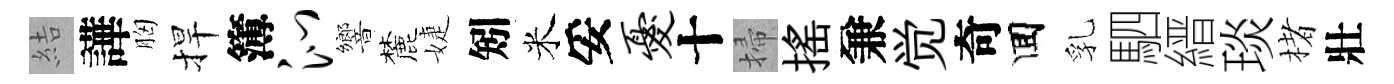
結譁胸捍簿沁響麓婕矧米妥忧十掃揺兼觉奇囬乳駟縉琰楮壯